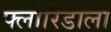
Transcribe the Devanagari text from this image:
फ्लोरिडाला